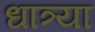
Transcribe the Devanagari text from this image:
धात्र्या